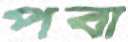
পবা